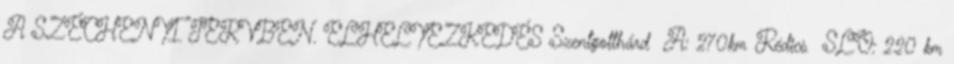
A SZÉCHENYI TERVBEN. ELHELYEZKEDÉS Szentgotthárd A: 270km Rédics SLO: 220 km